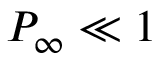
P _ { \infty } \ll 1